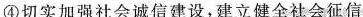
④切实加强社会诚信建设，建立健全社会征信